FBI Photo B24
Agency: FBI
Incident date: Late 2025
Incident location: Western United States
Page 1
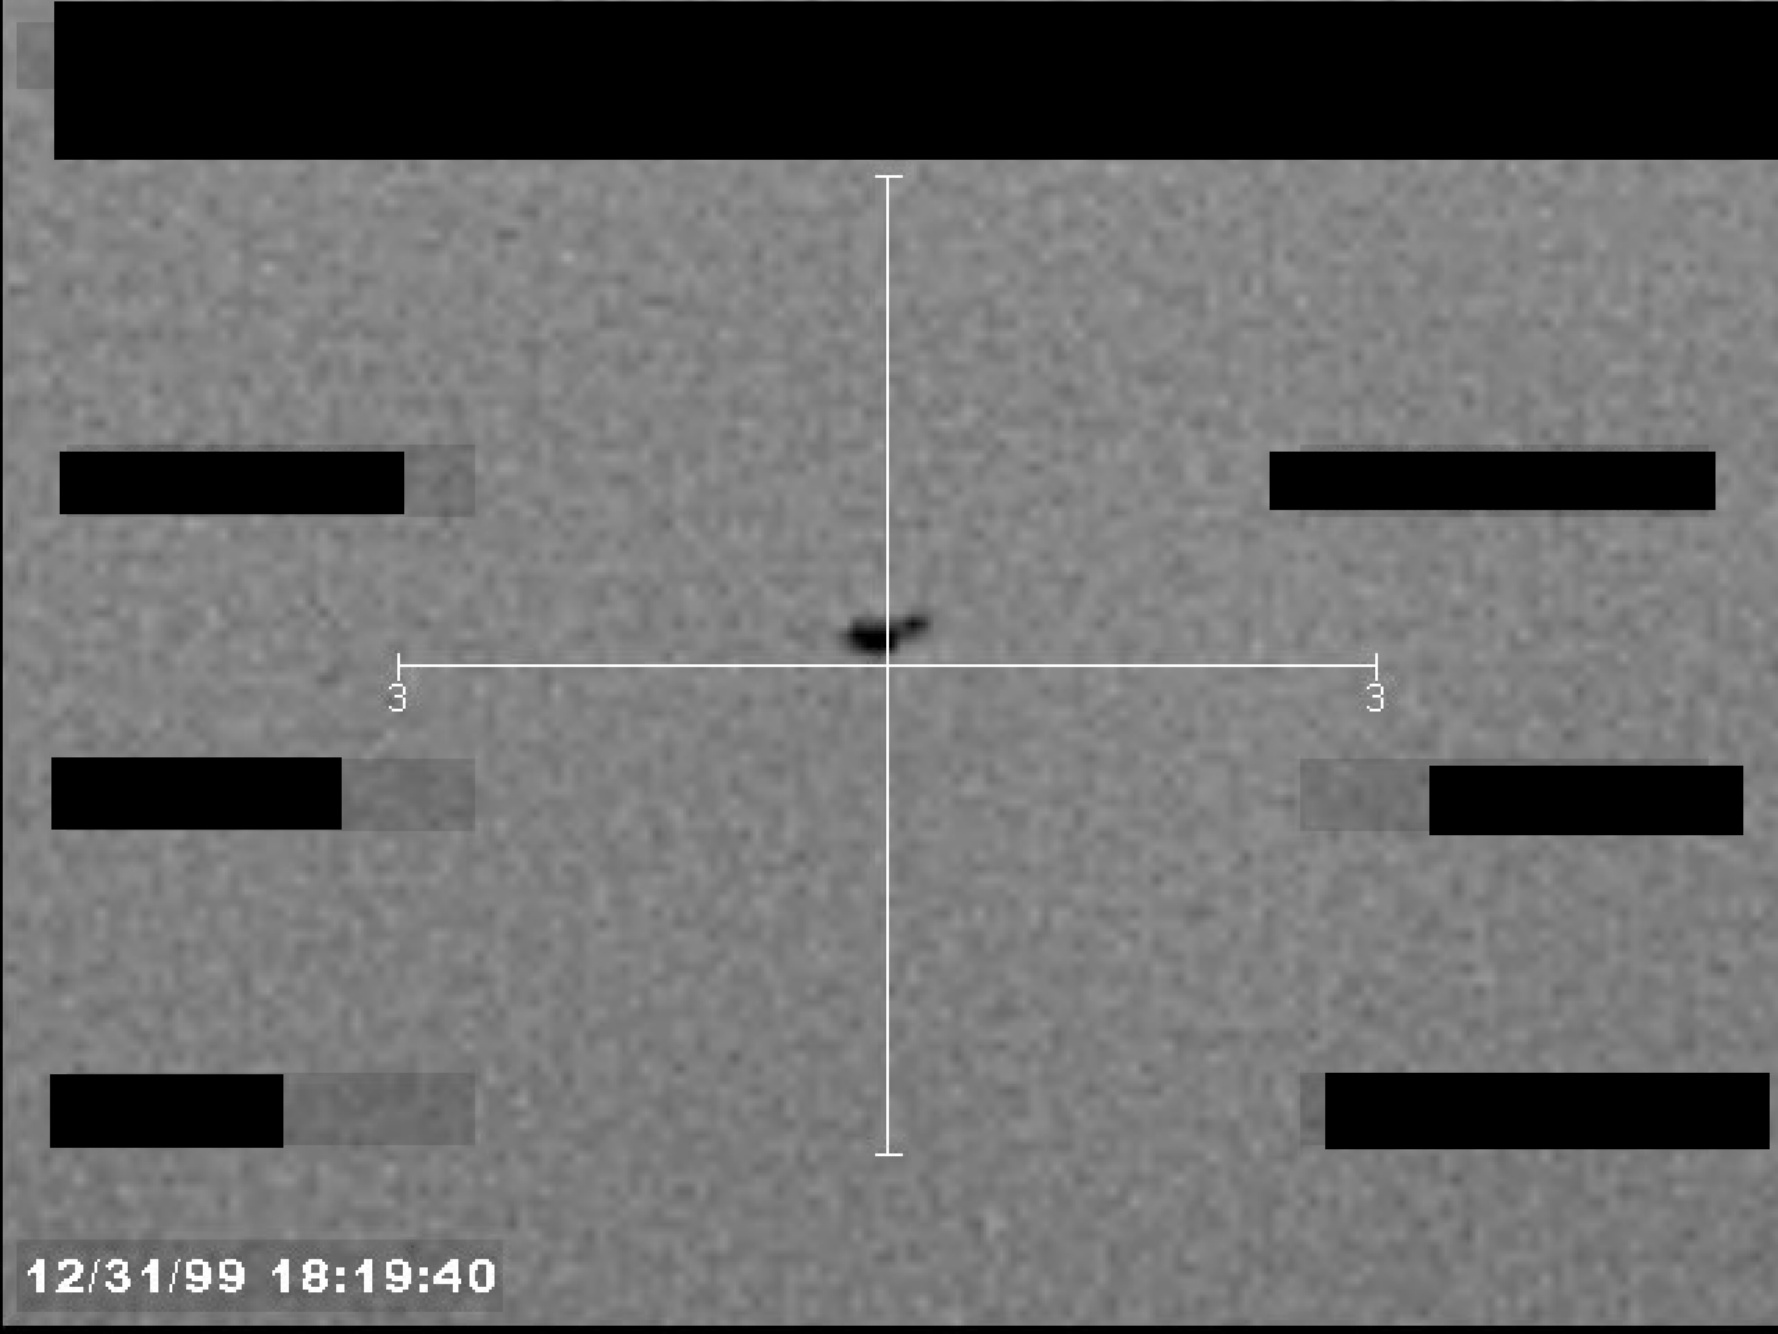